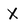
Character: X